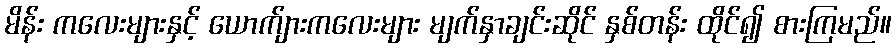
မိန်း ကလေးများနှင့် ယောက်ျားကလေးများ မျက်နှာချင်းဆိုင် နှစ်တန်း ထိုင်၍ စားကြမည်။